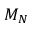
M _ { N }